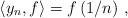
LaTeX: \begin{align*}\left\langle y_{n},f\right\rangle =f\left( 1/n\right) \,,\end{align*}